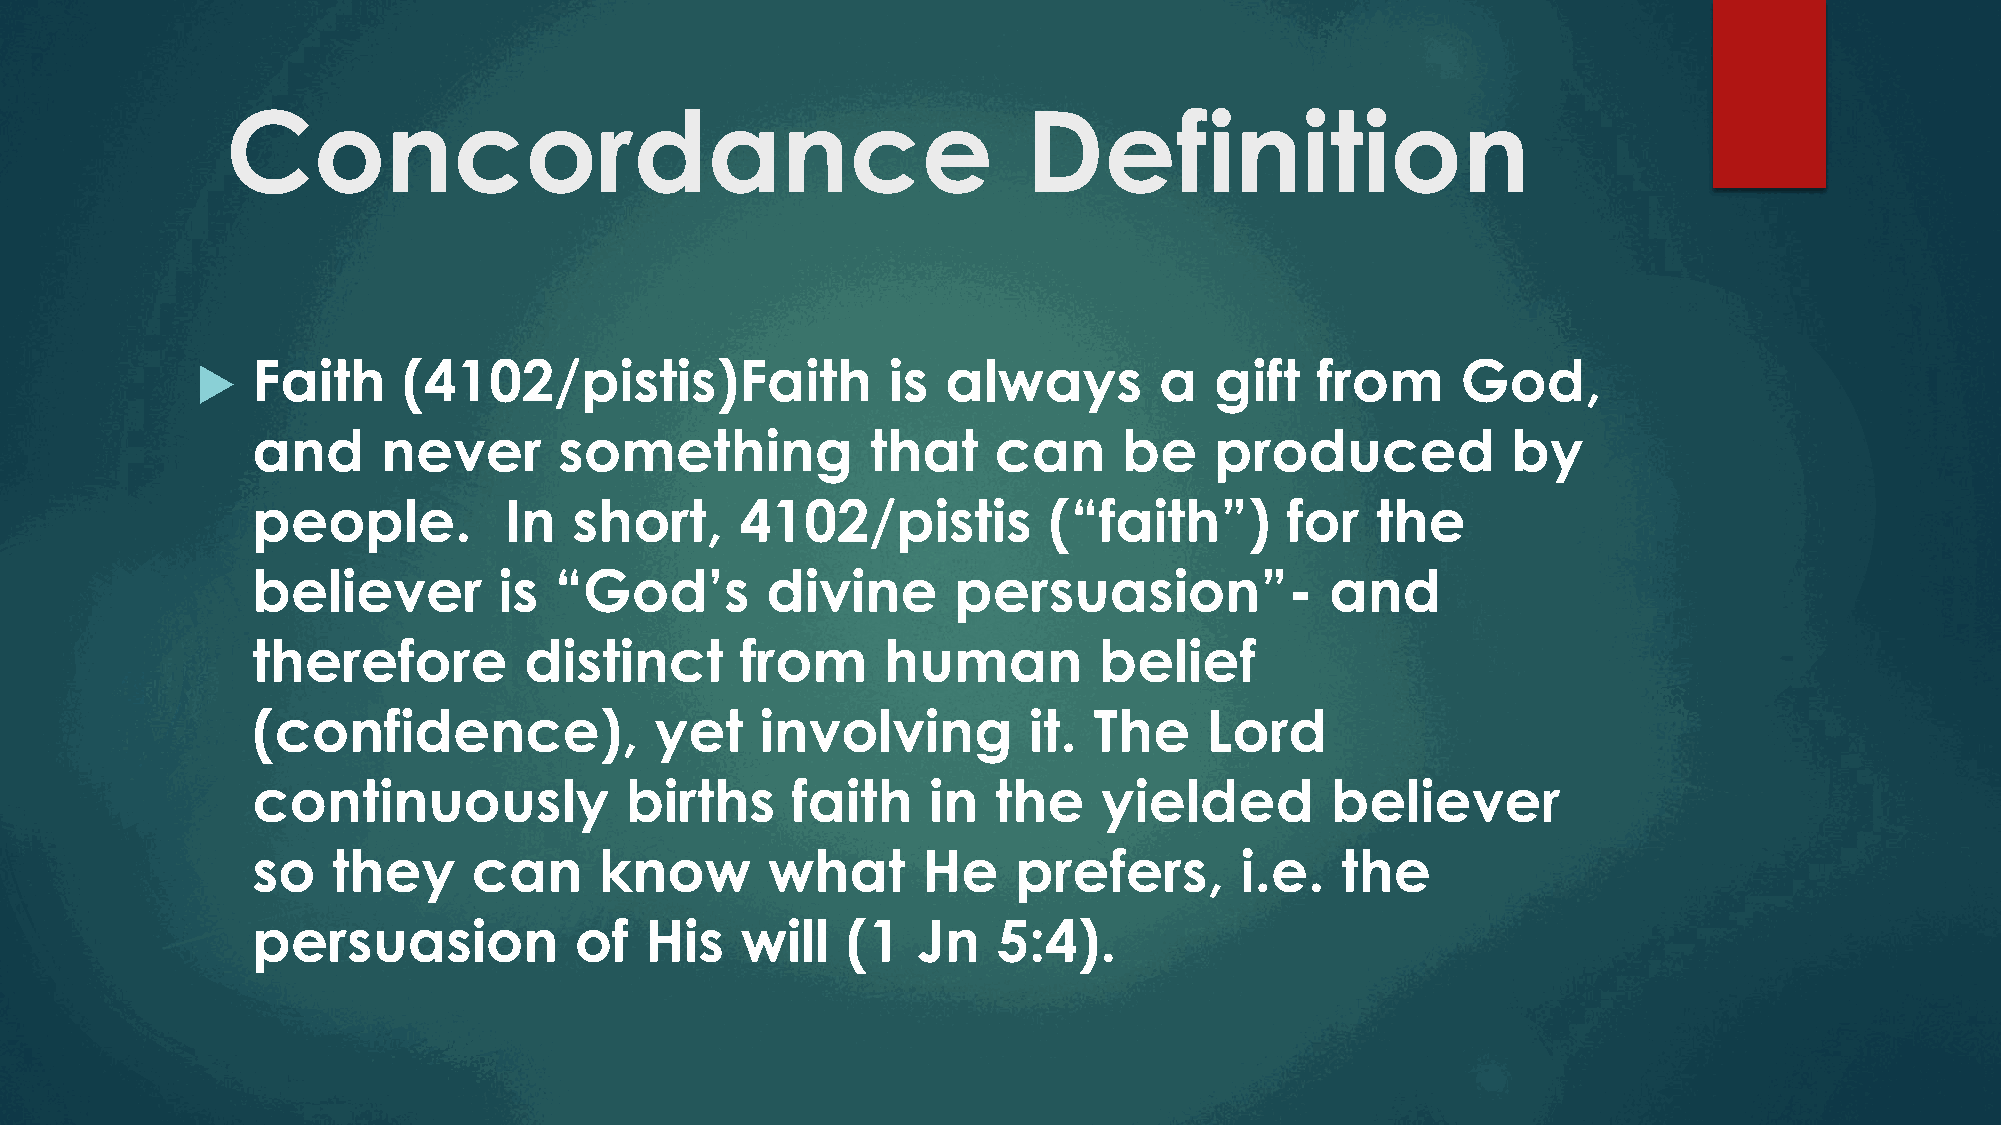
Concordance                                          Definition
    Faith     (4102/pistis)Faith              is  always        a  gift   from      God,
 and     never       something            that    can     be    produced            by
 people.         In   short,     4102/pistis         (“faith”)       for   the
 believer        is  “God’s        divine      persuasion”-             and
 therefore         distinct      from     human          belief
 (confidence),             yet    involving         it. The     Lord
 continuously            births     faith    in   the    yielded        believer
 so   they     can      know       what      He    prefers,       i.e.   the
 persuasion           of   His   will   (1   Jn   5:4).